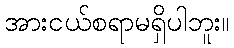
အားငယ်စရာမရှိပါဘူး။